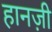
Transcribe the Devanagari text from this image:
हानज़ी